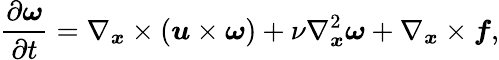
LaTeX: \frac{\partial\boldsymbol{\omega}}{\partial t}=\nabla_{\boldsymbol{x}}\times(\boldsymbol{u}\times\boldsymbol{\omega})+\nu\nabla_{\boldsymbol{x}}^{2}\boldsymbol{\omega}+\nabla_{\boldsymbol{x}}\times\boldsymbol{f},